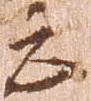
云